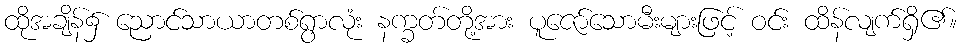
ထိုအချိန်၌ ညောင်သာယာတစ်ရွာလုံး နက္ခတ်တို့အား ပူဇော်သောမီးများဖြင့် ဝင်း ထိန်လျက်ရှိ၏။